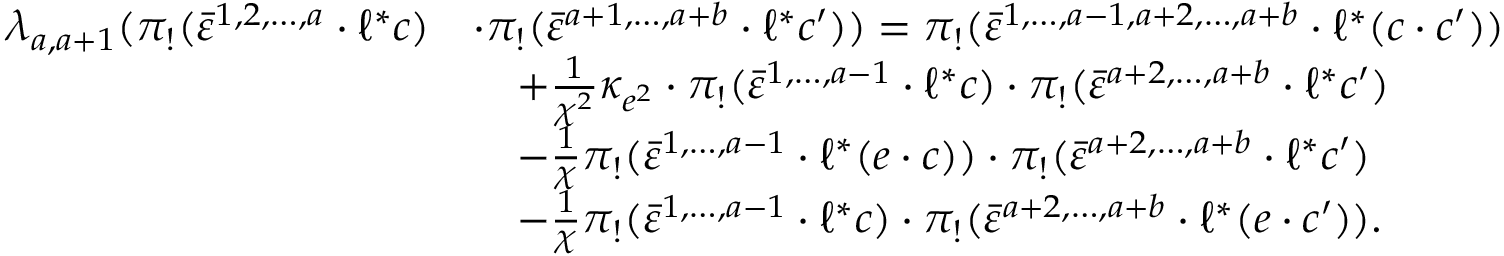
\begin{array} { r l } { \lambda _ { a , a + 1 } ( \pi _ { ! } ( \bar { \varepsilon } ^ { 1 , 2 , \ldots , a } \cdot \ell ^ { * } c ) } & { \cdot \pi _ { ! } ( \bar { \varepsilon } ^ { a + 1 , \ldots , a + b } \cdot \ell ^ { * } c ^ { \prime } ) ) = \pi _ { ! } ( \bar { \varepsilon } ^ { 1 , \ldots , a - 1 , a + 2 , \ldots , a + b } \cdot \ell ^ { * } ( c \cdot c ^ { \prime } ) ) } \\ & { \quad + \frac { 1 } { \chi ^ { 2 } } \kappa _ { e ^ { 2 } } \cdot \pi _ { ! } ( \bar { \varepsilon } ^ { 1 , \ldots , a - 1 } \cdot \ell ^ { * } c ) \cdot \pi _ { ! } ( \bar { \varepsilon } ^ { a + 2 , \ldots , a + b } \cdot \ell ^ { * } c ^ { \prime } ) } \\ & { \quad - \frac { 1 } { \chi } \pi _ { ! } ( \bar { \varepsilon } ^ { 1 , \ldots , a - 1 } \cdot \ell ^ { * } ( e \cdot c ) ) \cdot \pi _ { ! } ( \bar { \varepsilon } ^ { a + 2 , \ldots , a + b } \cdot \ell ^ { * } c ^ { \prime } ) } \\ & { \quad - \frac { 1 } { \chi } \pi _ { ! } ( \bar { \varepsilon } ^ { 1 , \ldots , a - 1 } \cdot \ell ^ { * } c ) \cdot \pi _ { ! } ( \bar { \varepsilon } ^ { a + 2 , \ldots , a + b } \cdot \ell ^ { * } ( e \cdot c ^ { \prime } ) ) . } \end{array}